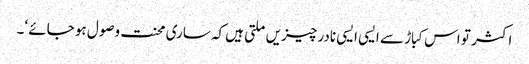
اکثر تو اس کباڑ سے ایسی ایسی نادر چیزیں ملتی ہیں کہ ساری محنت وصول ہو جائے ‘۔